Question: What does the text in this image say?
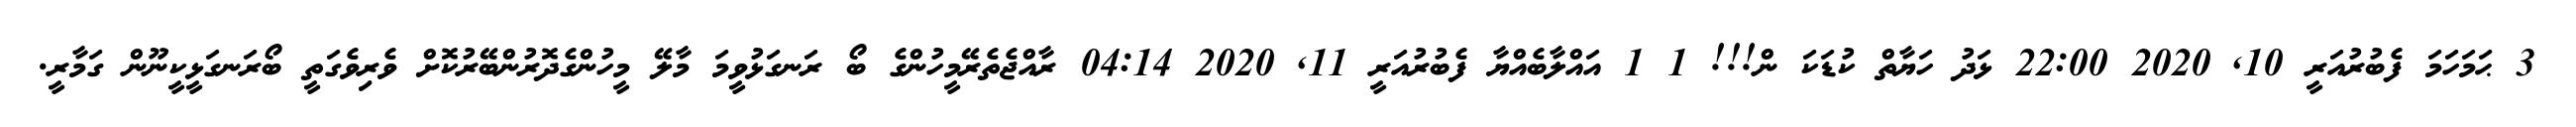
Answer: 3 ޙަމަހަމަ ފެބުރުއަރީ 10, 2020 22:00 ޅަދު ހަޔާތް ކުޑަކަ ން!!! 1 1 އައްލާބެއްޔާ ފެބުރުއަރީ 11, 2020 04:14 ރާއްޖެތެރޭމީހުންގެ ބޯ ރަނގަޅުވީމަ މާލޭ މީހުންގެދޮރުންބޭރުކޮށް ވެރިވެގަތީ ބޯރަނގަޅީކީނޫން ގަމާރީ.